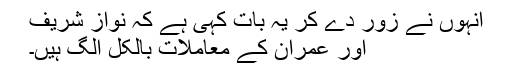
انہوں نے زور دے کر یہ بات کہی ہے کہ نواز شریف
اور عمران کے معاملات بالکل الگ ہیں۔